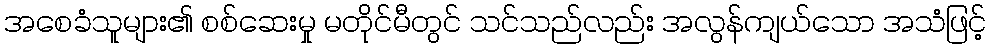
အစေခံသူများ၏ စစ်ဆေးမှု မတိုင်မီတွင် သင်သည်လည်း အလွန်ကျယ်သော အသံဖြင့်